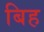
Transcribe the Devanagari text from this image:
बिह